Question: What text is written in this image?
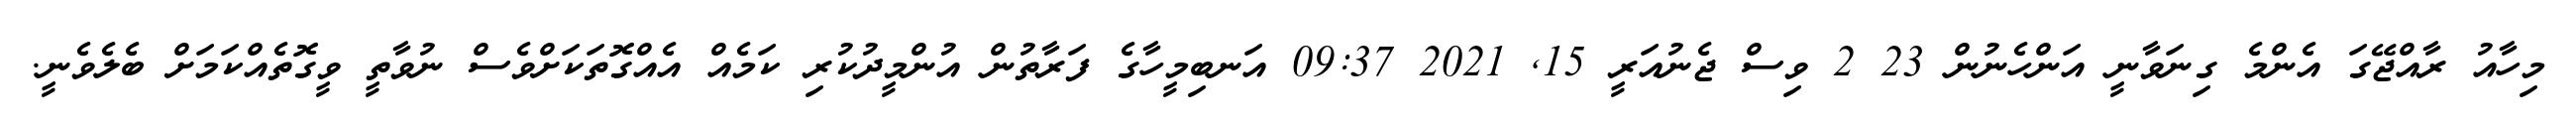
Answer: މިހާއު ރާއްޖޭގަ އެންމެ ގިނަވާނީ އަންހެނުން 23 2 ވިސް ޖެނުއަރީ 15, 2021 09:37 އަނބިމީހާގެ ފަރާތުން އުންމީދުކުރި ކަމެއް އެއްގޮތަކަށްވެސް ނުވާތީ ވީގޮތެއްކަމަށް ބެލެވެނީ.